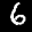
Label: 6